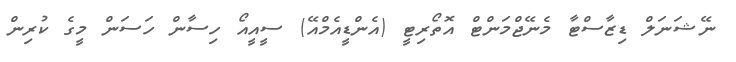
ނޭޝަނަލް ޑިޒާސްޓާ މެނޭޖްމަންޓް އޮތޯރިޓީ (އެންޑީއެމްއޭ) ސީއީއޯ ހިސާން ހަސަން މީގެ ކުރިން